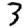
Digit: 3